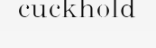
cuckhold